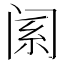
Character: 𬮩